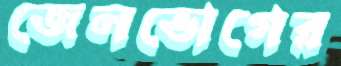
জেলভোগের